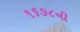
૧૬૭૮ની